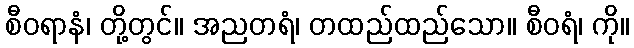
စီဝရာနံ၊ တို့တွင်။ အညတရံ၊ တထည်ထည်သော။ စီဝရံ၊ ကို။